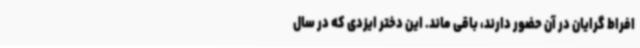
افراط گرایان در آن حضور دارند، باقی ماند. این دختر ایزدی که در سال